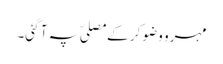
مہرو وضو کر کے مصلیّ پہ آ گئی۔